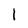
Character: 1